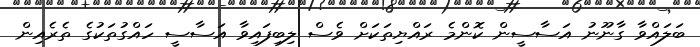
ބަލައްވާ ގާނޫނު އަސާސީން ކޮންމެ ރައްޔިތަކަށް ވެސް ލިބިފައިވާ އަސާސީ ހައްގުތަކުގެ ތެރެއިން